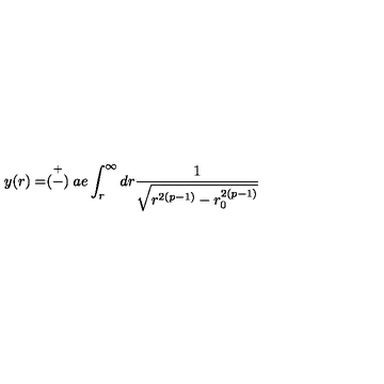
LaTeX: y ( r ) = \stackrel { + } { ( - ) } a e \int _ { r } ^ { \infty } d r \frac { 1 } { \sqrt { r ^ { 2 ( p - 1 ) } - r _ { 0 } ^ { 2 ( p - 1 ) } } }